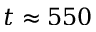
t \approx 5 5 0